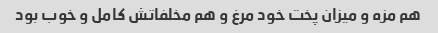
هم مزه و میزان پخت خود مرغ و هم مخلفاتش کامل و خوب بود